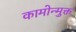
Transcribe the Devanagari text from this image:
कामोन्मुक्त